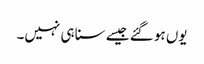
یوں ہو گئے جیسے سنا ہی نہیں۔